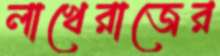
লাখেরাজের